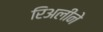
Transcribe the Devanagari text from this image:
रिअलीने